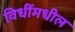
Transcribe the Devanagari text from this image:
विधींमधील